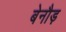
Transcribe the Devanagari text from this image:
बेनौड़